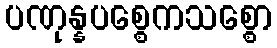
ပဏုန္နပစ္စေကသစ္စော